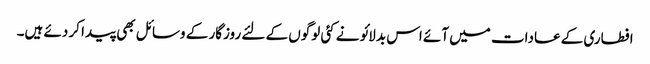
افطاری کے عادات میں آئے اس بدلائو نے کئی لوگوں کے لئے روزگار کے وسائل بھی پیدا کر دئے ہیں۔